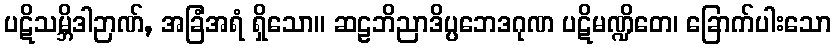
ပဋိသမ္ဘိဒါဉာဏ်, အခြံအရံ ရှိသော။ ဆဠဘိညာဒိပ္ပဘေဒဂုဏ ပဋိမဏ္ဍိတေ၊ ခြောက်ပါးသော